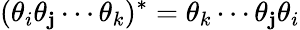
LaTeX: (\theta_{i}\theta_{\mathbf{j}}\cdots\theta_{k})^{*}=\theta_{k}\cdots\theta_{\mathbf{j}}\theta_{i}